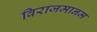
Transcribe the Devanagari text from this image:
विराजमानम